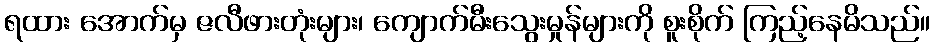
ရထား အောက်မှ ဇလီဖားတုံးများ၊ ကျောက်မီးသွေးမှုန်များကို စူးစိုက် ကြည့်နေမိသည်။